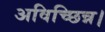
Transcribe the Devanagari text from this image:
अविच्छिन्न।